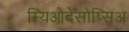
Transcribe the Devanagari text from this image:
म्यिओदेसोप्सिअ